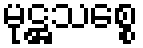
မုဋ္ဌသစ္စေ